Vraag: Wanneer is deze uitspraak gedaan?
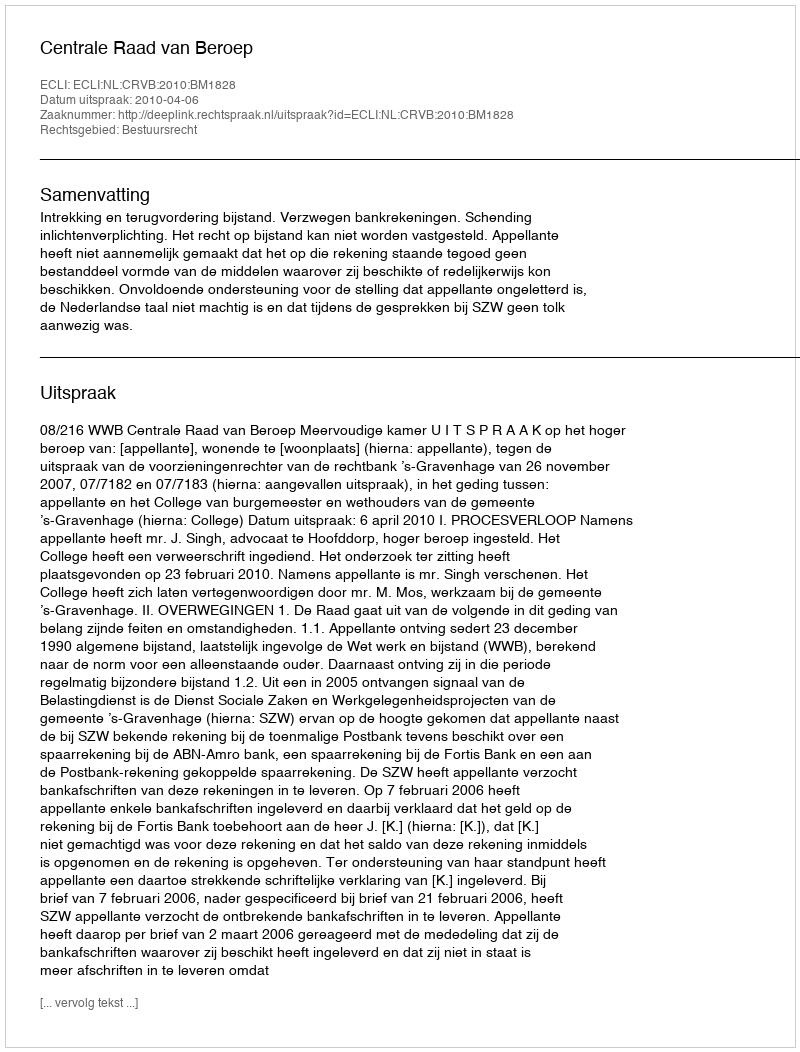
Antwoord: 2010-04-06